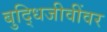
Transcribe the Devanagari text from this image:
बुद्धिजीवींवर